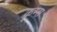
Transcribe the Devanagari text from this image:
कृम्स